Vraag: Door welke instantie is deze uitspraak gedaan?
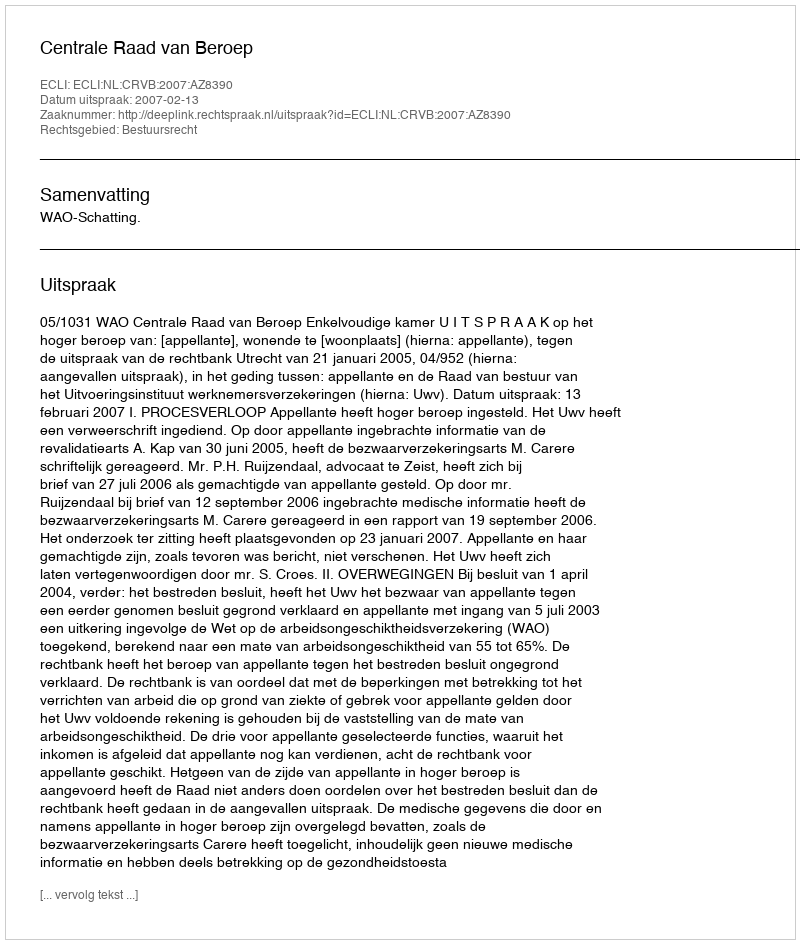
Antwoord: Centrale Raad van Beroep